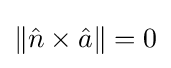
\lVert {\hat {n}}\times {\hat {a}}\rVert =0